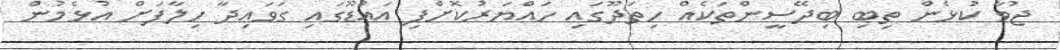
ޖުވާ ކުޅެން ތިބި ބިދޭސީންތަކެއް ހިތަދޫގައި ހައްޔަރުކޮށްފި އައްޑޫގައި ގަވައިދާ ހިލާފަށް އުޅެމުން